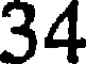
34